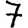
Digit: 7